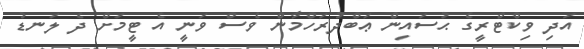
އަދި ވިކްޓްރީގެ ޙުސައިން ޢަބްދުރަހްމާން ވެސް ވަނީ އެ ޓީމަށް ދެ ލަނޑު